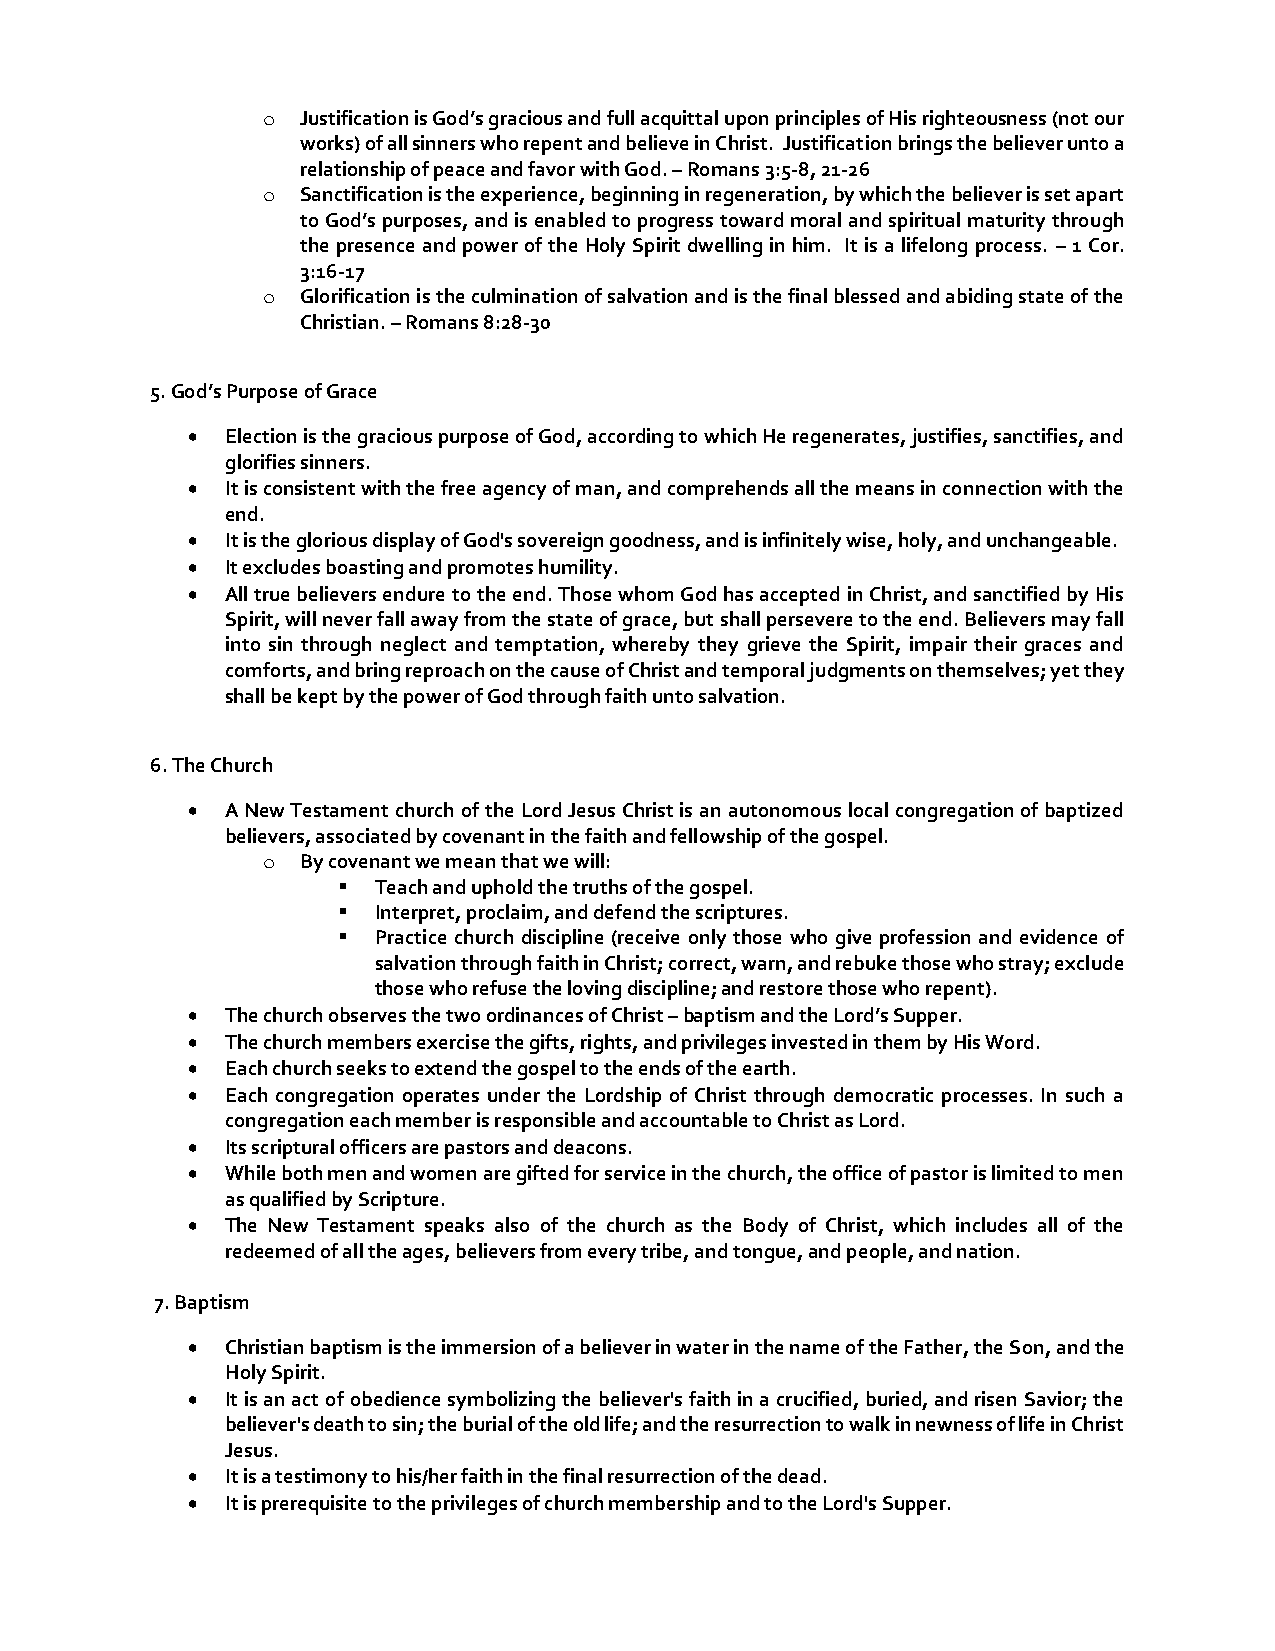
o  Justification is God’s gracious and full acquittal upon principles of His righteousness (not our
 works) of all sinners who repent and believe in Christ. Justification brings the believer unto a
 relationship of peace and favor with God. – Romans 3:5-8, 21-26
 o  Sanctification is the experience, beginning in regeneration, by which the believer is set apart
 to God’s purposes, and is enabled to progress toward moral and spiritual maturity through
 the presence and power of the Holy Spirit dwelling in him. It is a lifelong process. – 1 Cor.
 3:16-17
 o  Glorification is the culmination of salvation and is the final blessed and abiding state of the
 Christian. – Romans 8:28-30
 5. God’s Purpose of Grace
 •  Election is the gracious purpose of God, according to which He regenerates, justifies, sanctifies, and
 glorifies sinners.
 •  It is consistent with the free agency of man, and comprehends all the means in connection with the
 end.
 •  It is the glorious display of God's sovereign goodness, and is infinitely wise, holy, and unchangeable.
 •  It excludes boasting and promotes humility.
 •  All true believers endure to the end. Those whom God has accepted in Christ, and sanctified by His
 Spirit, will never fall away from the state of grace, but shall persevere to the end. Believers may fall
 into sin through neglect and temptation, whereby they grieve the Spirit, impair their graces and
 comforts, and bring reproach on the cause of Christ and temporal judgments on themselves; yet they
 shall be kept by the power of God through faith unto salvation.
 6. The Church
 •  A New Testament church of the Lord Jesus Christ is an autonomous local congregation of baptized
 believers, associated by covenant in the faith and fellowship of the gospel.
 o  By covenant we mean that we will:
 ▪  Teach and uphold the truths of the gospel.
 ▪  Interpret, proclaim, and defend the scriptures.
 ▪  Practice church discipline (receive only those who give profession and evidence of
 salvation through faith in Christ; correct, warn, and rebuke those who stray; exclude
 those who refuse the loving discipline; and restore those who repent).
 •  The church observes the two ordinances of Christ – baptism and the Lord’s Supper.
 •  The church members exercise the gifts, rights, and privileges invested in them by His Word.
 •  Each church seeks to extend the gospel to the ends of the earth.
 •  Each congregation operates under the Lordship of Christ through democratic processes. In such a
 congregation each member is responsible and accountable to Christ as Lord.
 •  Its scriptural officers are pastors and deacons.
 •  While both men and women are gifted for service in the church, the office of pastor is limited to men
 as qualified by Scripture.
 •  The New Testament speaks also of the church as the Body of Christ, which includes all of the
 redeemed of all the ages, believers from every tribe, and tongue, and people, and nation.
 7. Baptism
 •  Christian baptism is the immersion of a believer in water in the name of the Father, the Son, and the
 Holy Spirit.
 •  It is an act of obedience symbolizing the believer's faith in a crucified, buried, and risen Savior; the
 believer's death to sin; the burial of the old life; and the resurrection to walk in newness of life in Christ
 Jesus.
 •  It is a testimony to his/her faith in the final resurrection of the dead.
 •  It is prerequisite to the privileges of church membership and to the Lord's Supper.